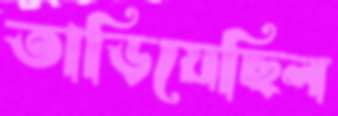
তাড়িয়েছিল